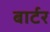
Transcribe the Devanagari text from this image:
बार्टर